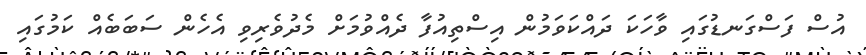
އުސް ފަސްގަނޑުގައި ވާހަކަ ދައްކަވަމުން އިސްތިއުފާ ދެއްވުމަށް މެދުވެރިވި އެހެން ސަބަބެއް ކަމުގައި